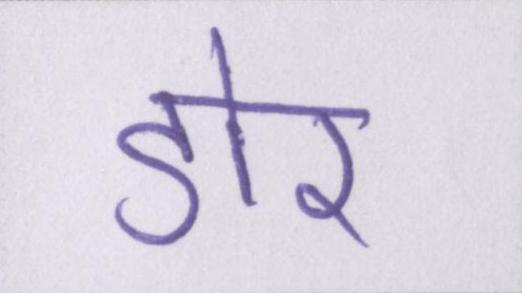
डोर